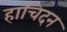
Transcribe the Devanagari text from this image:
हाचिदन